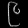
Digit: ၉